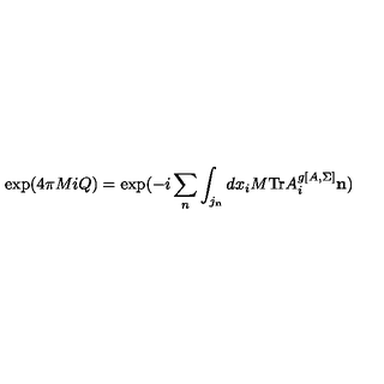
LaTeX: \mathrm { e x p } ( 4 \pi M i Q ) = \mathrm { e x p } ( - i \sum _ { n } \int _ { j _ { { \bf n } } } d x _ { i } M \mathrm { T r } A _ { i } ^ { g [ A , \Sigma ] } { \bf n } )